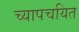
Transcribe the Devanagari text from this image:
च्यापचयित